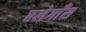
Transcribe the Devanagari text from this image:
एलेगाँस